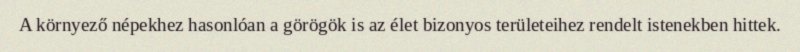
A környező népekhez hasonlóan a görögök is az élet bizonyos területeihez rendelt istenekben hittek.